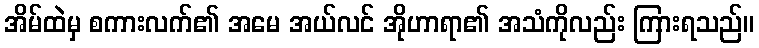
အိမ်ထဲမှ စကားလက်၏ အမေ အယ်လင် အိုဟာရာ၏ အသံကိုလည်း ကြားရသည်။